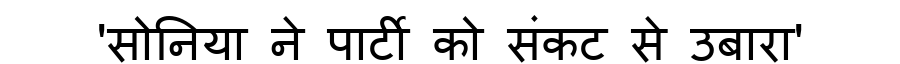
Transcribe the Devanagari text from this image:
'सोनिया ने पार्टी को संकट से उबारा'